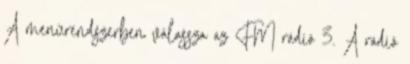
A menürendszerben válassza az FM rádió 3. A rádió